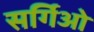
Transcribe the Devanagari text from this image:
सर्गिओ